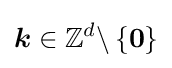
{\boldsymbol {k}}\in \mathbb {Z} ^{d}\backslash \left\{{\boldsymbol {0}}\right\}